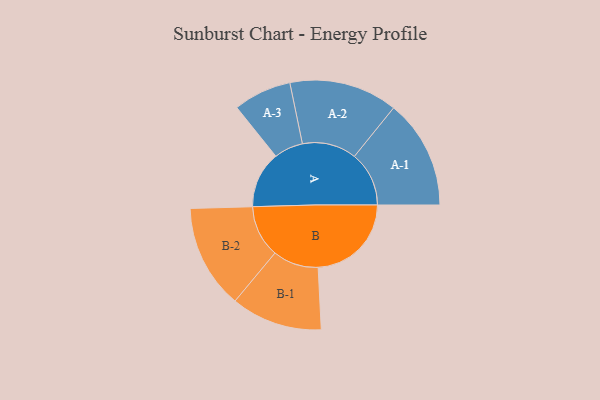
{"axis": {"x": "Segment", "y": "Value"}, "legend": ["", "A", "B"], "data": [{"x": "A", "y": 265, "type": ""}, {"x": "B", "y": 437, "type": ""}, {"x": "A-1", "y": 256, "type": "A"}, {"x": "A-2", "y": 254, "type": "A"}, {"x": "A-3", "y": 136, "type": "A"}, {"x": "B-1", "y": 214, "type": "B"}, {"x": "B-2", "y": 244, "type": "B"}]}